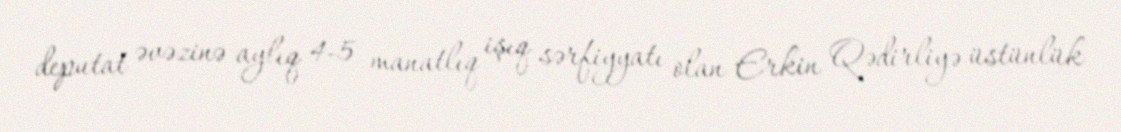
deputat əvəzinə aylıq 4-5 manatlıq işıq sərfiyyatı olan Erkin Qədirliyə üstünlük